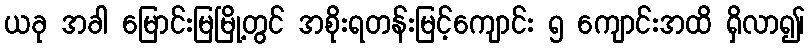
ယခု အခါ မြောင်းမြမြို့တွင် အစိုးရတန်းမြင့်ကျောင်း ၅ ကျောင်းအထိ ရှိလာ၍၊